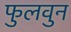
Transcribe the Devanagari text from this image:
फुलवुन